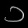
Digit: ၁